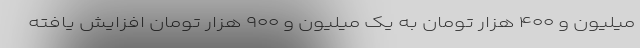
میلیون و ۴۰۰ هزار تومان به یک میلیون و ۹۰۰ هزار تومان افزایش یافته